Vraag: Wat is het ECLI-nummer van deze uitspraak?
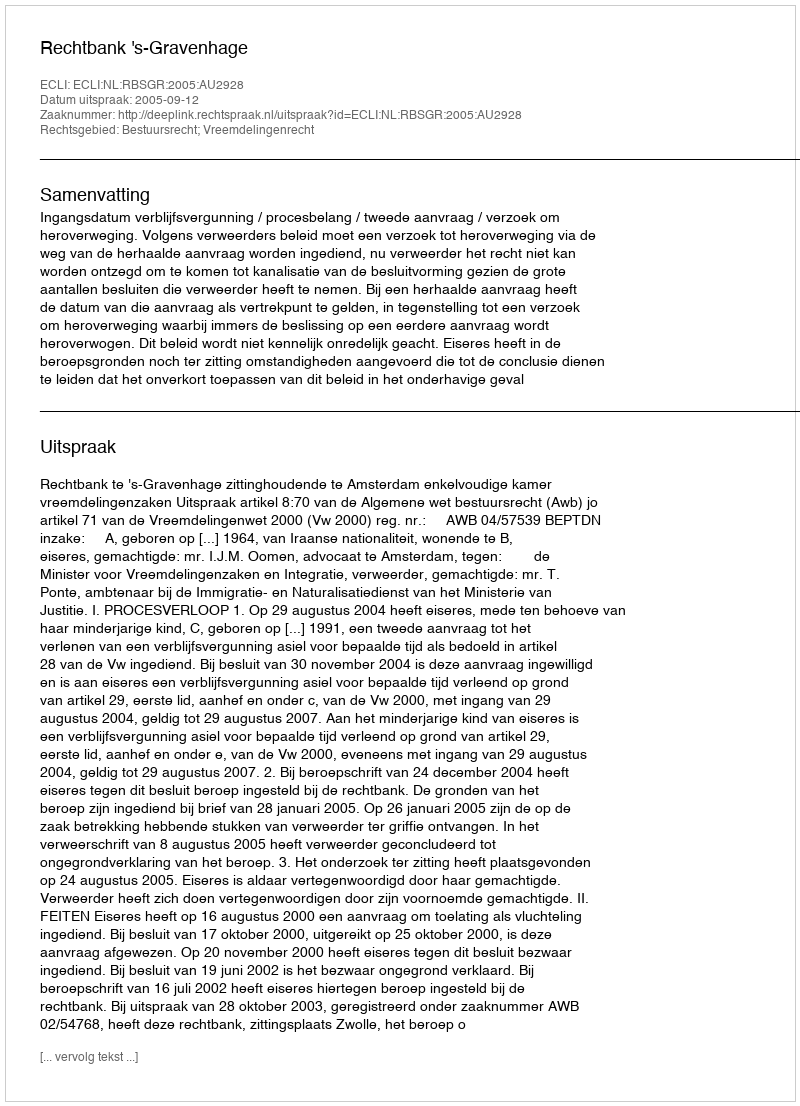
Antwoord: ECLI:NL:RBSGR:2005:AU2928